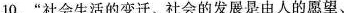
10. “社会生活的变迁、社会的发展是由人的愿望、